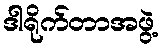
ဒါရိုက်တာအဖွဲ့